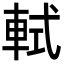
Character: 軾